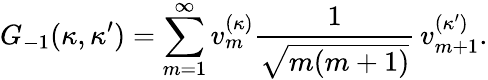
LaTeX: G_{-1}(\kappa,\kappa^{\prime})=\sum_{m=1}^{\infty}v_{m}^{(\kappa)}\frac{1}{\sqrt{m(m+1)}}\, v_{m+1}^{(\kappa^{\prime})}.